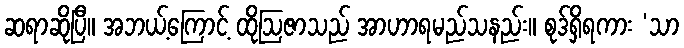
ဆရာဆိုပြီ။ အဘယ့်ကြောင့် ထိုဩဇာသည် အာဟာရမည်သနည်း။ စုဒ်ရှိရကား ‘သာ